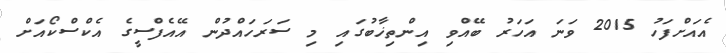
އެއަށްފަހު 2015 ވަނަ އަހަރު ބޭއްވި އިންތިޚާބުގައި މި ސަރަހައްދުން އޭއެފްސީގެ އެކްސްކޯއަށް